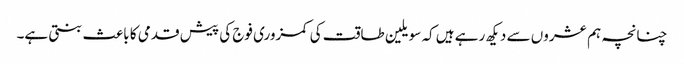
چنانچہ ہم عشروں سے دیکھ رہے ہیں کہ سویلین طاقت کی کمزوری فوج کی پیش قدمی کا باعث بنتی ہے۔